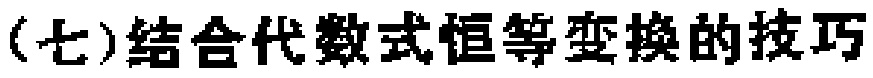
(七)结合代数式恒等变换的技巧